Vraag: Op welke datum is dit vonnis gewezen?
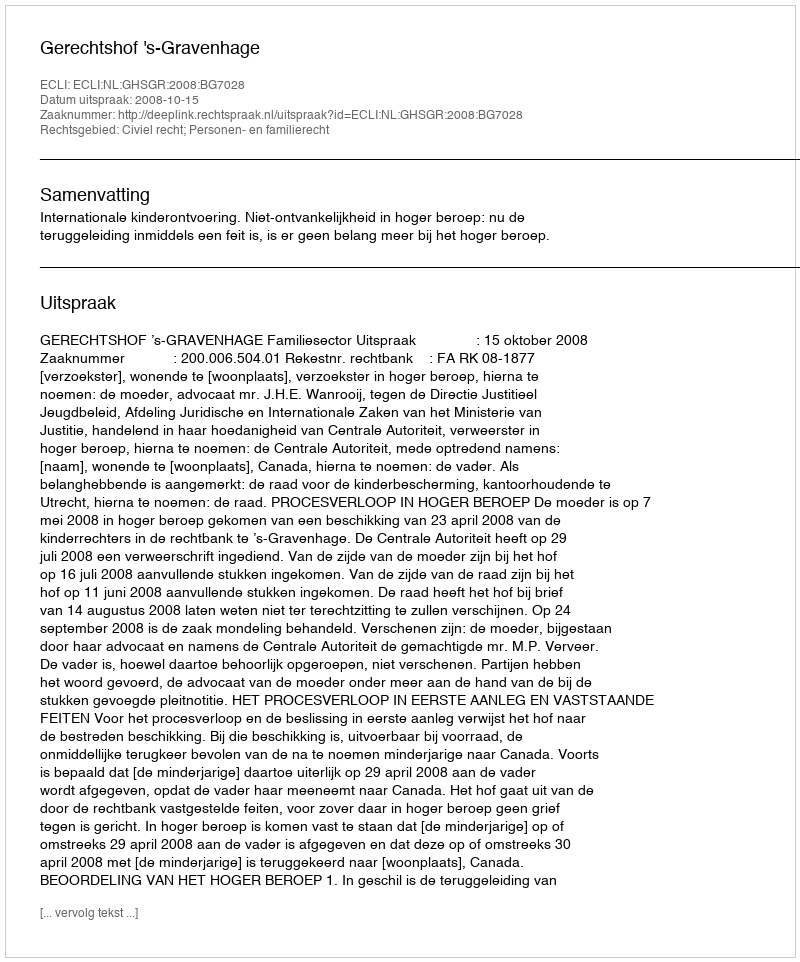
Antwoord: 2008-10-15